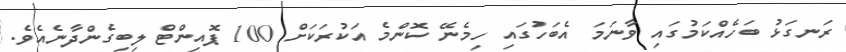
ރަނގަޅު ބަހެއްކަމުގައި ވާނަމަ އެބަހުގައި ހިމެނޭ ކޮންމެ އަކުރަކަށް 100 ޕޮއިންޓް ލިބިގެންދާނެއެވެ.